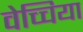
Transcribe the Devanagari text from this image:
वेच्चिया